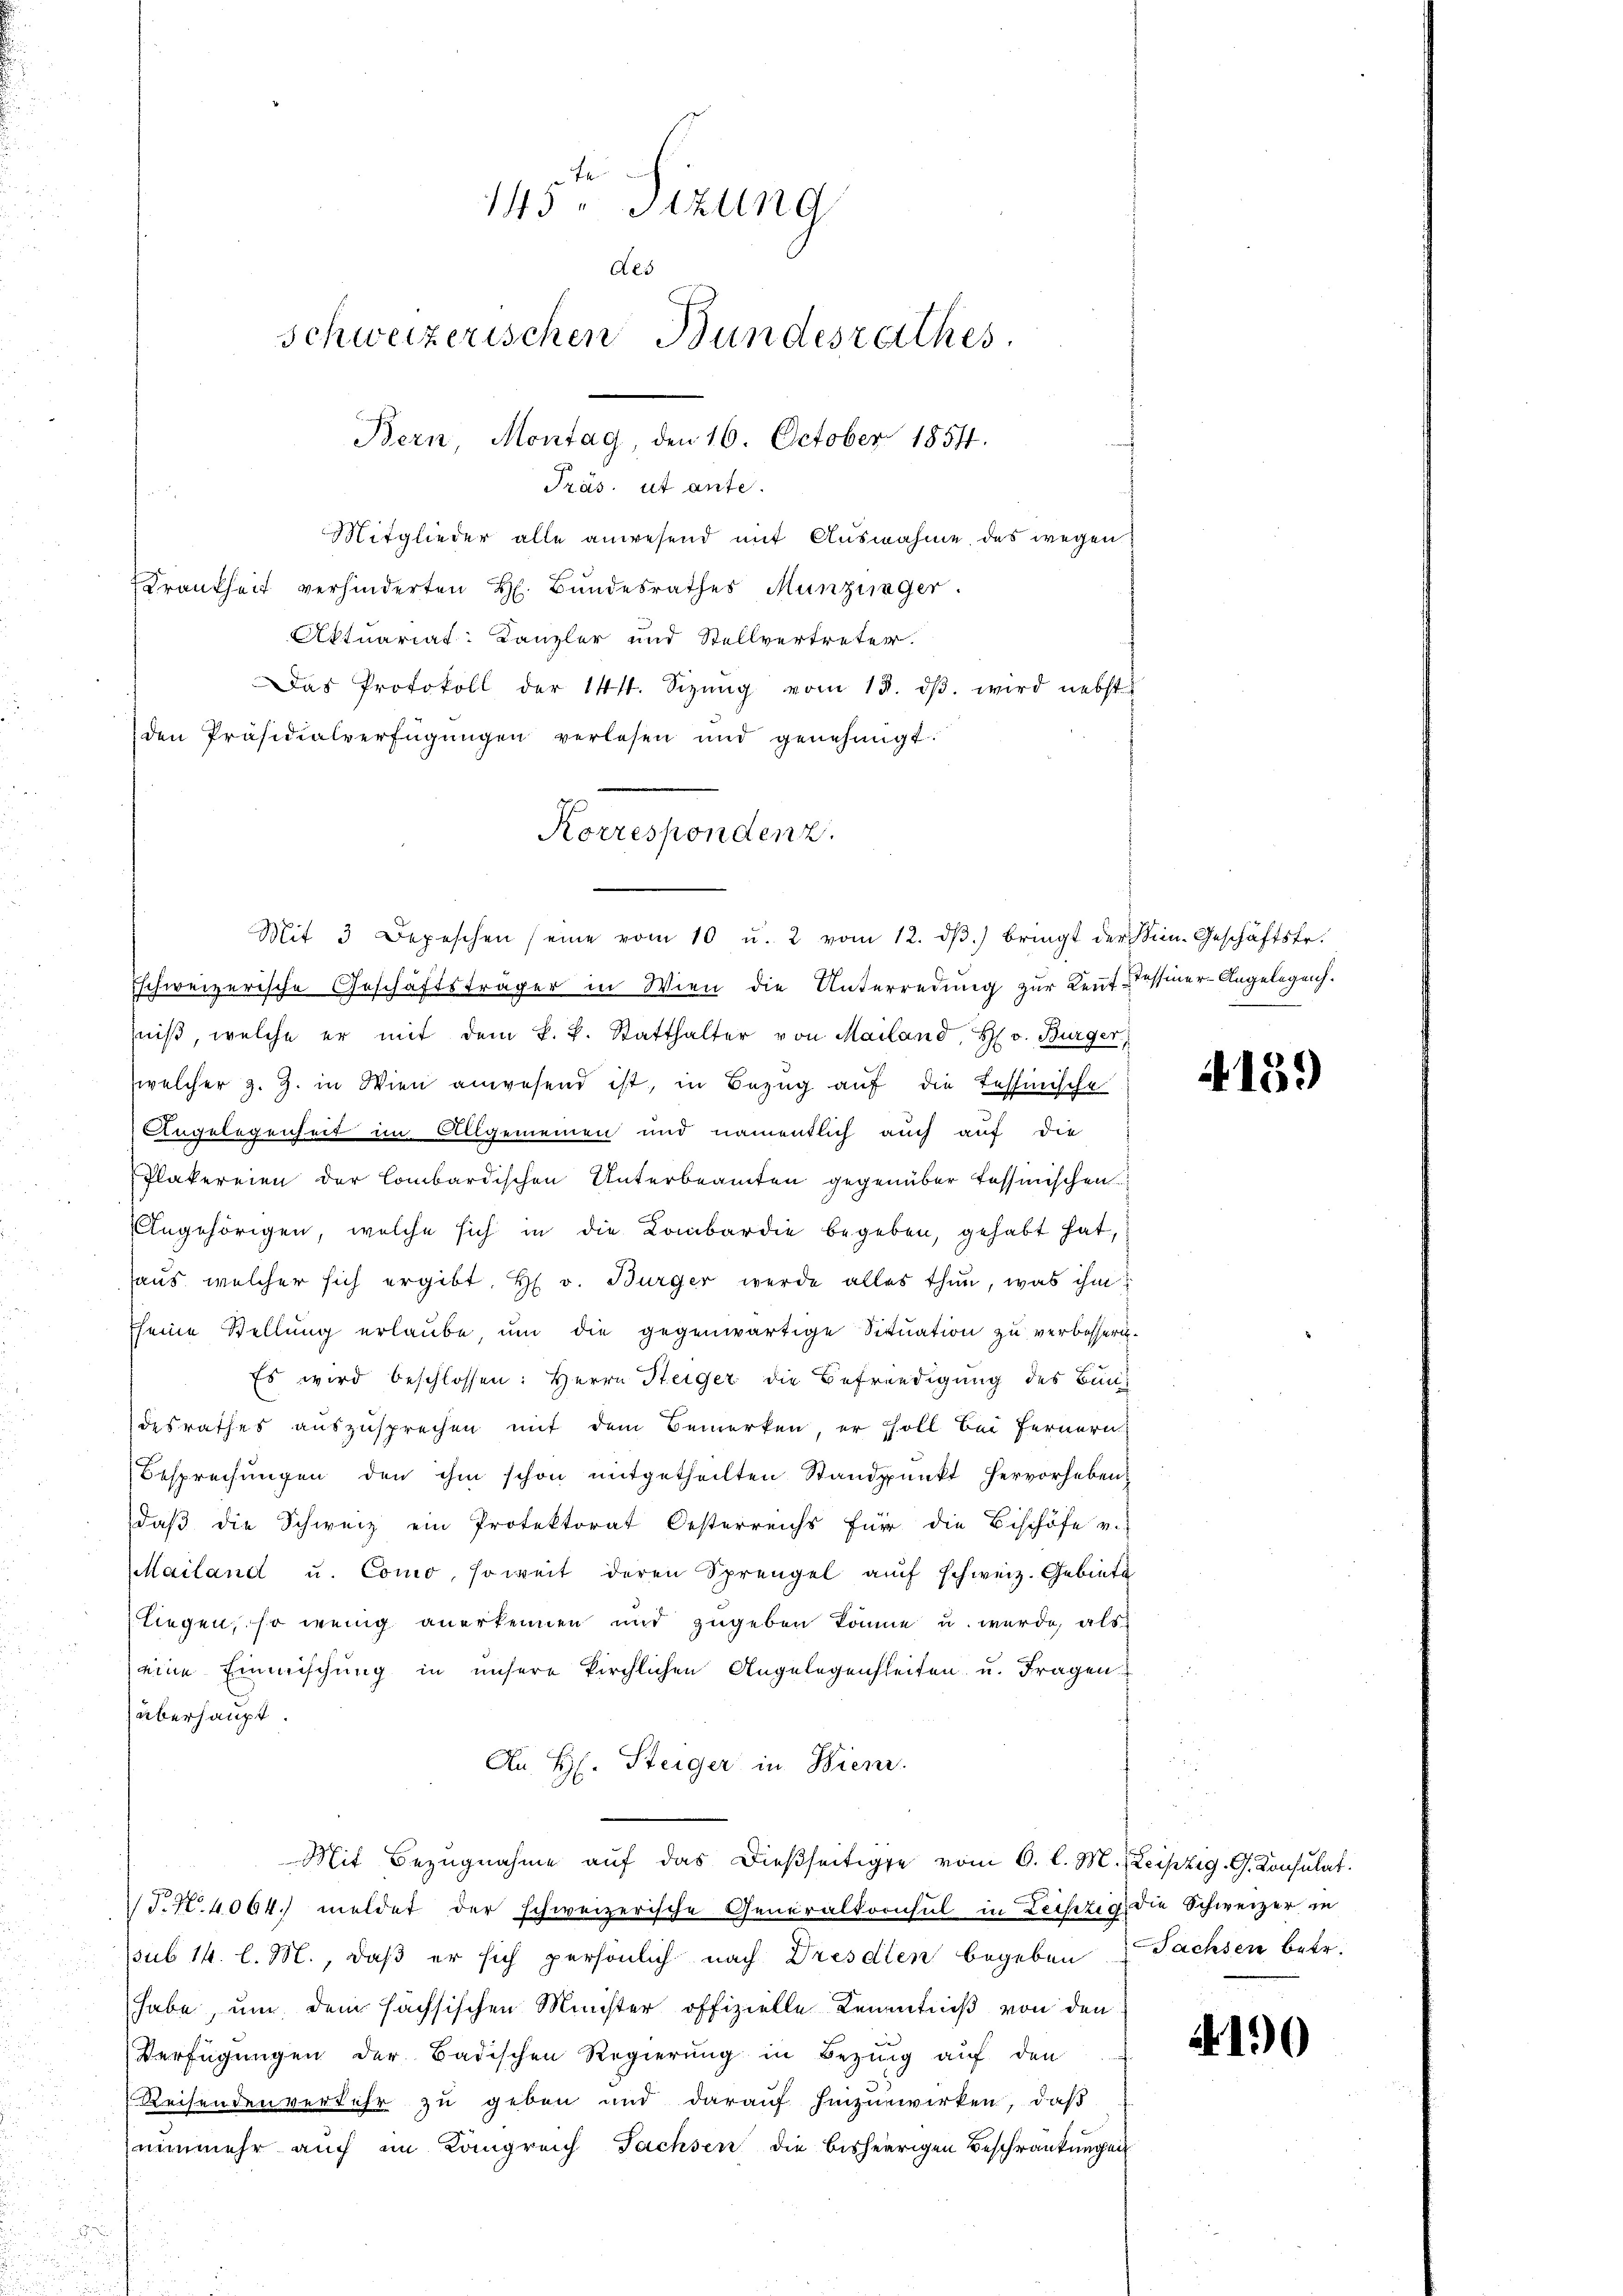
145. Sitzung
des
schweizerischen Bundesrathes.
Bern, Montag, den 16. October 1851.
Präs. ut ante.

Mitglieder alle anwesend mit Ausnahme des wegen
Krankheit verhinderten H. Bundesrathes Munzinger.
Aktuariat: Kanzler und Stellvertreter.
Das Protokoll der 144. Sizŭng vom 13. dβ. wird nebst
den Präsidialverfügŭngen verlesen und genehmigt.
Eschweizerische Geschäftsträger in Wien die Unterredung zur Kennt Tessiner-Angelegen.
niβ, welche er mit dem k. k. Statthalter von Mailand, H. v. Bürger
welcher z. Z. in Wien anwesend ist, in Bezug auf die Tessinische
Angelegenheit im Allgemeinen und namentlich auch auf die
Plakereien der Combardischen Unterbeamten gegenüber tessinischen
Angehörigen, welche sich in die Kombardie begeben, gehabt hat,
haus, welcher sich ergibt. H. v. Bürger werde alles thun, was ihm
seine Stellung erlaube, um die gegenwärtige Situation zu verbessern¬
Es wird beschlossen: Herrn Steiger die Befriedigung des Bundesrathes auszusprechen mit dem Bemerken er soll bei Fernern
Besprechungen den ihm schon mitgetheilten Standpunkt hervorheben-
daβ die Schweiz ein Protektorat Oesterreichs für die Bischöfe v.
Mailand u. Como, soweit deren Sprengel aŭf schweiz. Gebiete
liegen, so wenig anerkennen und zugeben könne u. wurde, als
eine Einmischung in unsere kirchlichen Angelegenheiten u. Fragen.
überhaupt.
An H. Steiger in Wienr.
Mit Bezŭgnahme aŭf das dießseitige vom 6. l. M. Leipzig. G. Konsulat
T.N. 4064. meldet der schweizerische Generalkoonsul in Leistig die Schweizer in
pub 14. l. M., daß er sich persönlich nach Dresdien begeben Sachsen betr.
habe, um dem sächsischen Minister offizielle Kenntniß von den
Verfügungen der Badischen Regierung in Bezug auf den
Reisenden verkehr zu geben und darauf hinzuwirken, daß
nunmehr auch im Königreich Fachsen die bisherigen Beschränkungen

Korrespondenz.
Mit 3 Depeschen (eine vom 10 u. 2 vom 12. dβ. bringt der Min. Geschäftsfr.

4159

4190